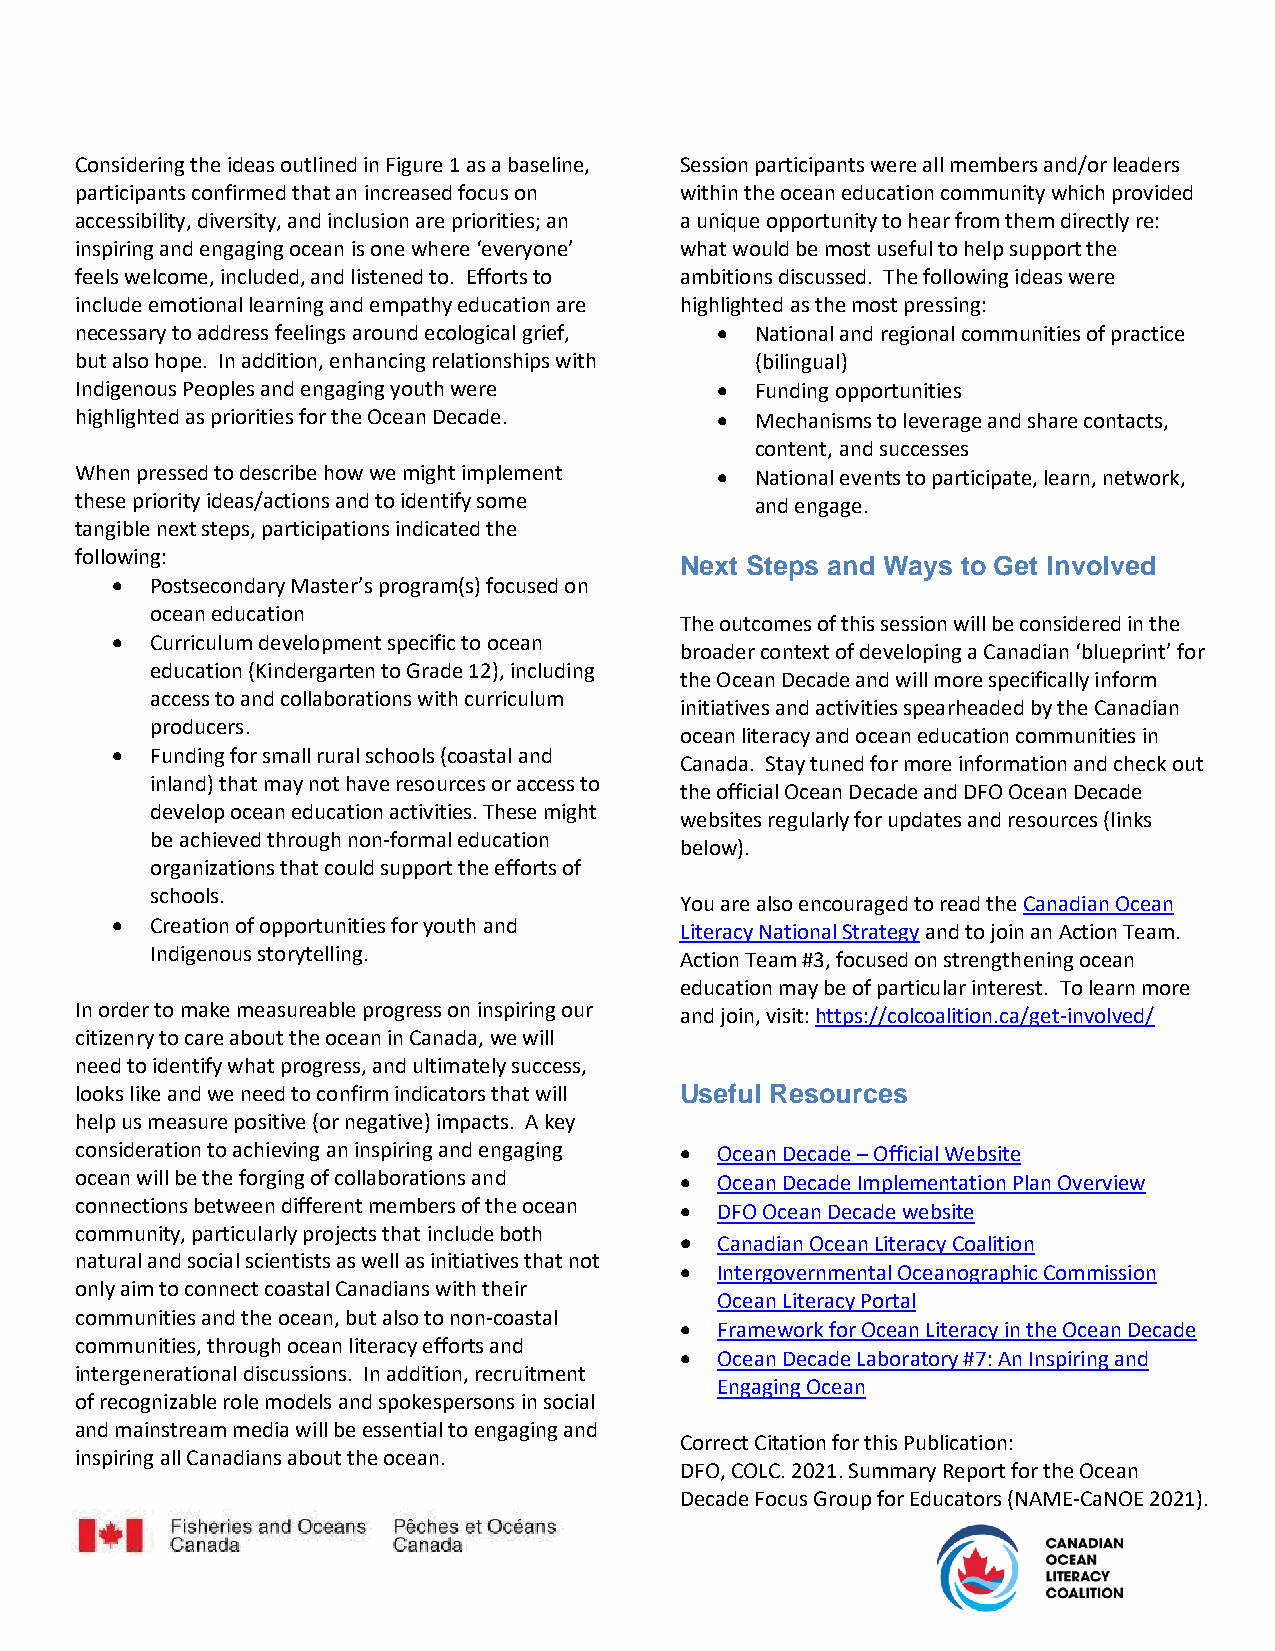
Considering the ideas outlined in Figure 1 as a baseline, Session participants were all members and/or leaders
 participants confirmed that an increased focus on within the ocean education community which provided
 accessibility, diversity, and inclusion are priorities; an a unique opportunity to hear from them directly re:
 inspiring and engaging ocean is one where ‘everyone’ what would be most useful to help support the
 feels welcome, included, and listened to. Efforts to ambitions discussed. The following ideas were
 include emotional learning and empathy education are highlighted as the most pressing:
 necessary to address feelings around ecological grief,  National and regional communities of practice
 but also hope. In addition, enhancing relationships with (bilingual)
 Indigenous Peoples and engaging youth were  Funding opportunities
 highlighted as priorities for the Ocean Decade.  Mechanisms to leverage and share contacts,
 content, and successes
 When pressed to describe how we might implement  National events to participate, learn, network,
 these priority ideas/actions and to identify some and engage.
 tangible next steps, participations indicated the
 following:
 Next Steps and Ways to Get Involved
   Postsecondary Master’s program(s) focused on
 ocean education
 The outcomes of this session will be considered in the
   Curriculum development specific to ocean
 broader context of developing a Canadian ‘blueprint’ for
 education (Kindergarten to Grade 12), including
 the Ocean Decade and will more specifically inform
 access to and collaborations with curriculum
 initiatives and activities spearheaded by the Canadian
 producers.
 ocean literacy and ocean education communities in
   Funding for small rural schools (coastal and
 Canada. Stay tuned for more information and check out
 inland) that may not have resources or access to
 the official Ocean Decade and DFO Ocean Decade
 develop ocean education activities. These might
 websites regularly for updates and resources (links
 be achieved through non-formal education
 below).
 organizations that could support the efforts of
 schools.
 You are also encouraged to read the Canadian Ocean
   Creation of opportunities for youth and Literacy National Strategy and to join an Action Team.
 Indigenous storytelling.           Action Team #3, focused on strengthening ocean
 education may be of particular interest. To learn more
 In order to make measureable progress on inspiring our
 and join, visit: https://colcoalition.ca/get-involved/
 citizenry to care about the ocean in Canada, we will
 need to identify what progress, and ultimately success,
 looks like and we need to confirm indicators that will Useful Resources
 help us measure positive (or negative) impacts. A key
 consideration to achieving an inspiring and engaging  Ocean Decade – Official Website
 ocean will be the forging of collaborations and  Ocean Decade Implementation Plan Overview
 connections between different members of the ocean  DFO Ocean Decade website
 community, particularly projects that include both
  Canadian Ocean Literacy Coalition
 natural and social scientists as well as initiatives that not
  Intergovernmental Oceanographic Commission
 only aim to connect coastal Canadians with their
 Ocean Literacy Portal
 communities and the ocean, but also to non-coastal
  Framework for Ocean Literacy in the Ocean Decade
 communities, through ocean literacy efforts and
  Ocean Decade Laboratory #7: An Inspiring and
 intergenerational discussions. In addition, recruitment
 Engaging Ocean
 of recognizable role models and spokespersons in social
 and mainstream media will be essential to engaging and
 Correct Citation for this Publication:
 inspiring all Canadians about the ocean.
 DFO, COLC. 2021. Summary Report for the Ocean
 Decade Focus Group for Educators (NAME-CaNOE 2021).